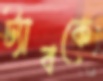
ট্যাবকে